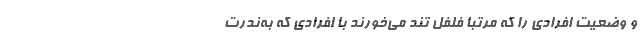
و وضعیت افرادی را که مرتباً فلفل تند می‌خورند با افرادی که به‌ندرت